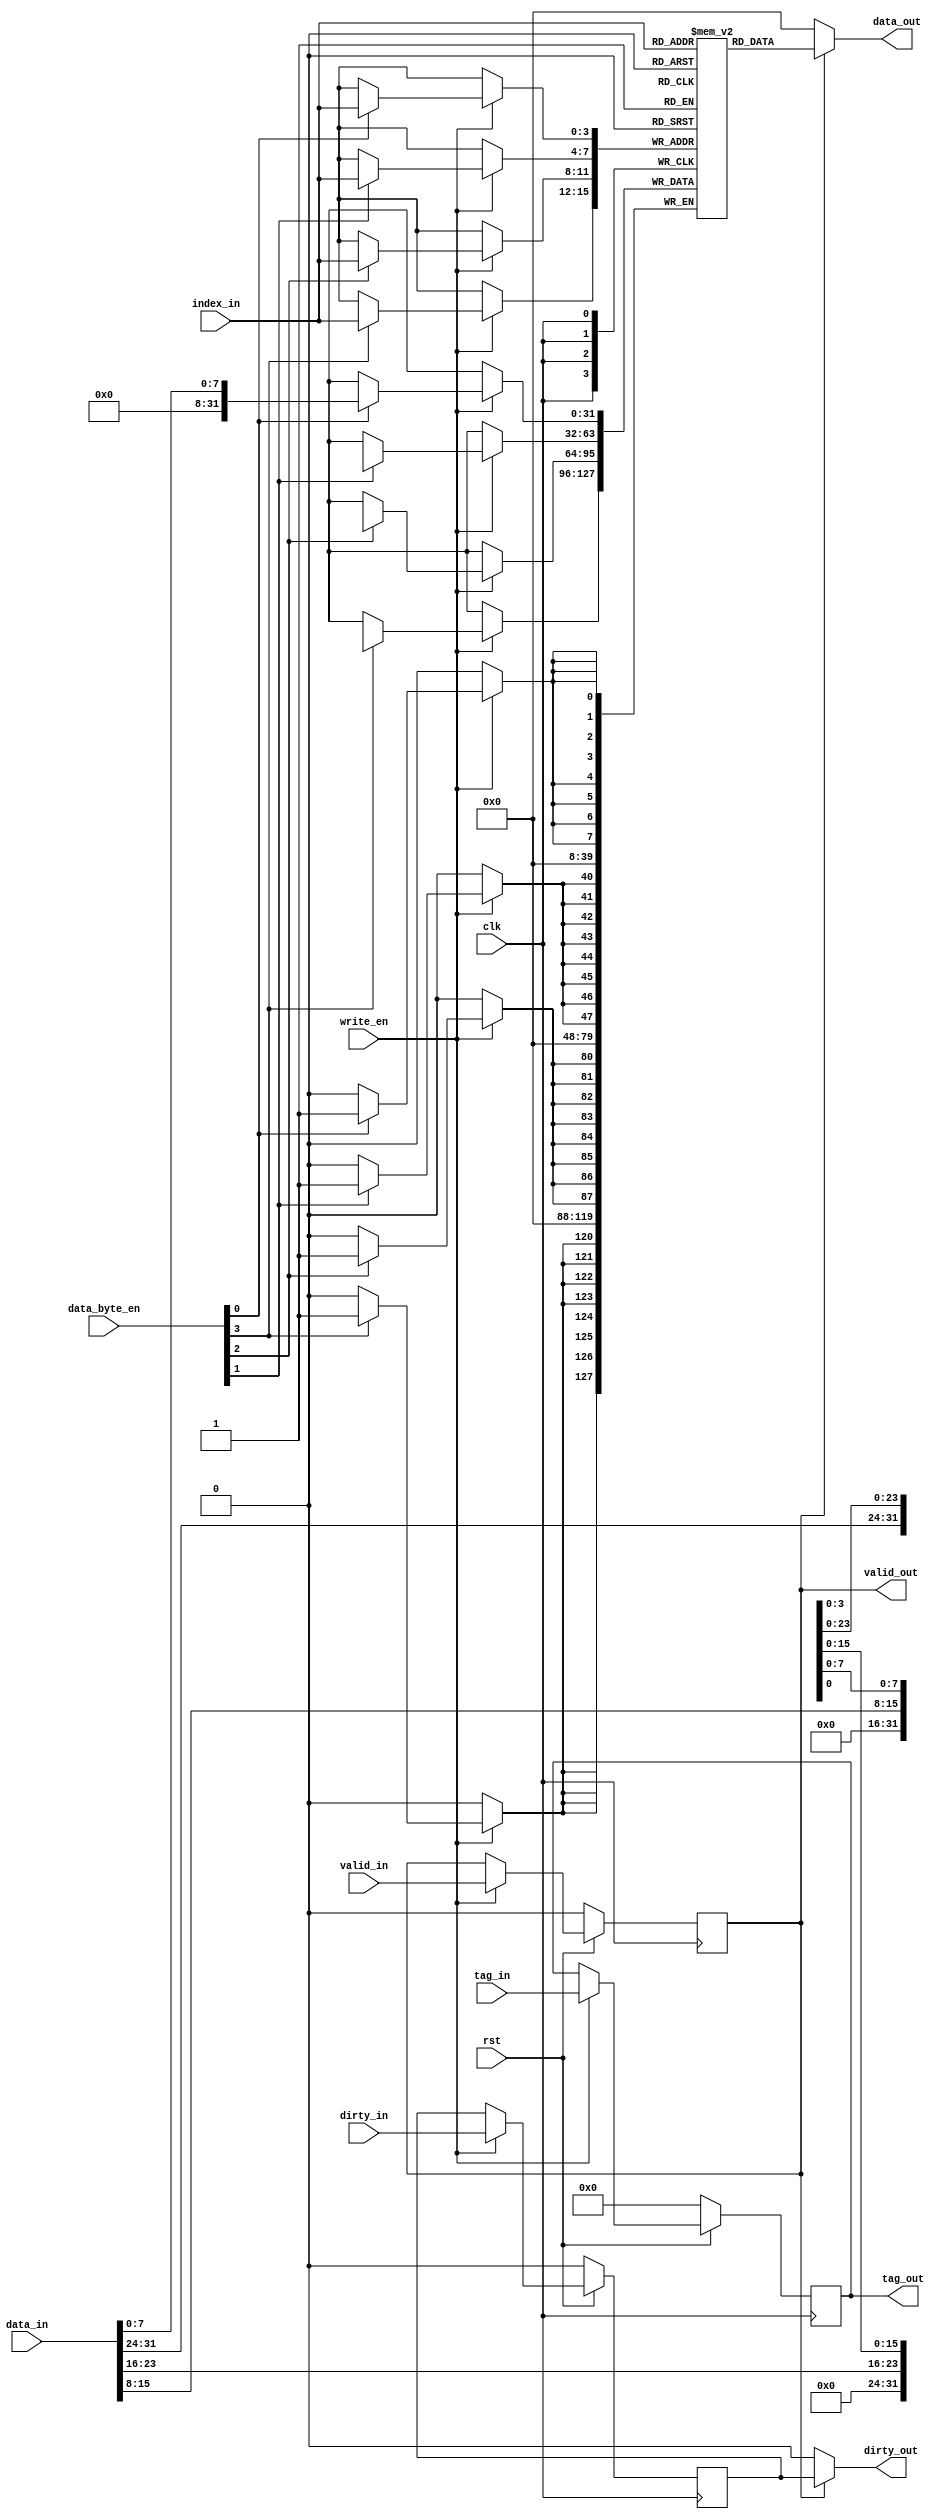
`timescale 1ns / 1ps

// direct mapped cache line

module CacheLine #(parameter
    ADDR_WIDTH = 32,
    LINE_WIDTH = 6,         // 2^6 = 64 bytes/line
    CACHE_WIDTH = 6         // 2^6 = 64 lines
    `define INDEX_WIDTH     (LINE_WIDTH - 2)
    `define TAG_WIDTH       (ADDR_WIDTH - LINE_WIDTH - CACHE_WIDTH)
) (
    input clk,
    input rst,
    input write_en,
    // input signals
    input valid_in,
    input dirty_in,
    input [`TAG_WIDTH - 1:0] tag_in,
    input [`INDEX_WIDTH - 1:0] index_in,
    input [3:0] data_byte_en,
    input [31:0] data_in,
    // output signals
    output valid_out,
    output dirty_out,
    output [`TAG_WIDTH - 1:0] tag_out,
    output [31:0] data_out
);

    reg valid, dirty;
    reg[`TAG_WIDTH - 1:0] tag;
    reg[31:0] data[2 ** `INDEX_WIDTH - 1:0];

    assign valid_out = valid;
    assign dirty_out = valid ? dirty : 0;
    assign tag_out = tag;
    assign data_out = valid ? data[index_in] : 0;

    always @(posedge clk) begin
        if (!rst) begin
            valid <= 0;
            dirty <= 0;
            tag <= 0;
        end
        else if (write_en) begin
            valid <= valid_in;
            dirty <= dirty_in;
            tag <= tag_in;
        end
    end

    always @(posedge clk) begin
        if (write_en) begin
            if (data_byte_en[0]) data[index_in][7:0] <= data_in[7:0];
            if (data_byte_en[1]) data[index_in][15:8] <= data_in[15:8];
            if (data_byte_en[2]) data[index_in][23:16] <= data_in[23:16];
            if (data_byte_en[3]) data[index_in][31:24] <= data_in[31:24];
        end
    end

endmodule // CacheLine